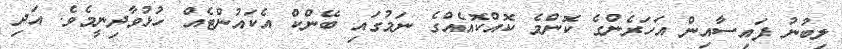
ލިބުނު ފައިސާއިން އަހަރެންގެ ކޮންމެ ކޮއްކޮއެއްގެ ނަމުގައި ބޭންކް އެކައުންޓެއް ހުޅުވާދިނީމެވެ. އަދި